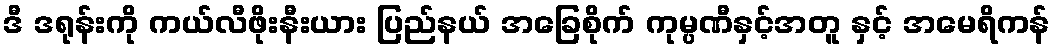
ဒီ ဒရုန်းကို ကယ်လီဖိုးနီးယား ပြည်နယ် အခြေစိုက် ကုမ္ပဏီနှင့်အတူ နှင့် အမေရိကန်